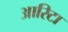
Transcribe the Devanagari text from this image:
आरिटा